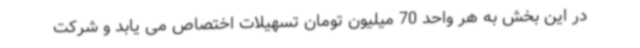
در این بخش به هر واحد 70 میلیون تومان تسهیلات اختصاص می یابد و شرکت